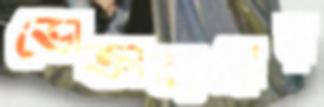
ভোক্তাব্যয়ের